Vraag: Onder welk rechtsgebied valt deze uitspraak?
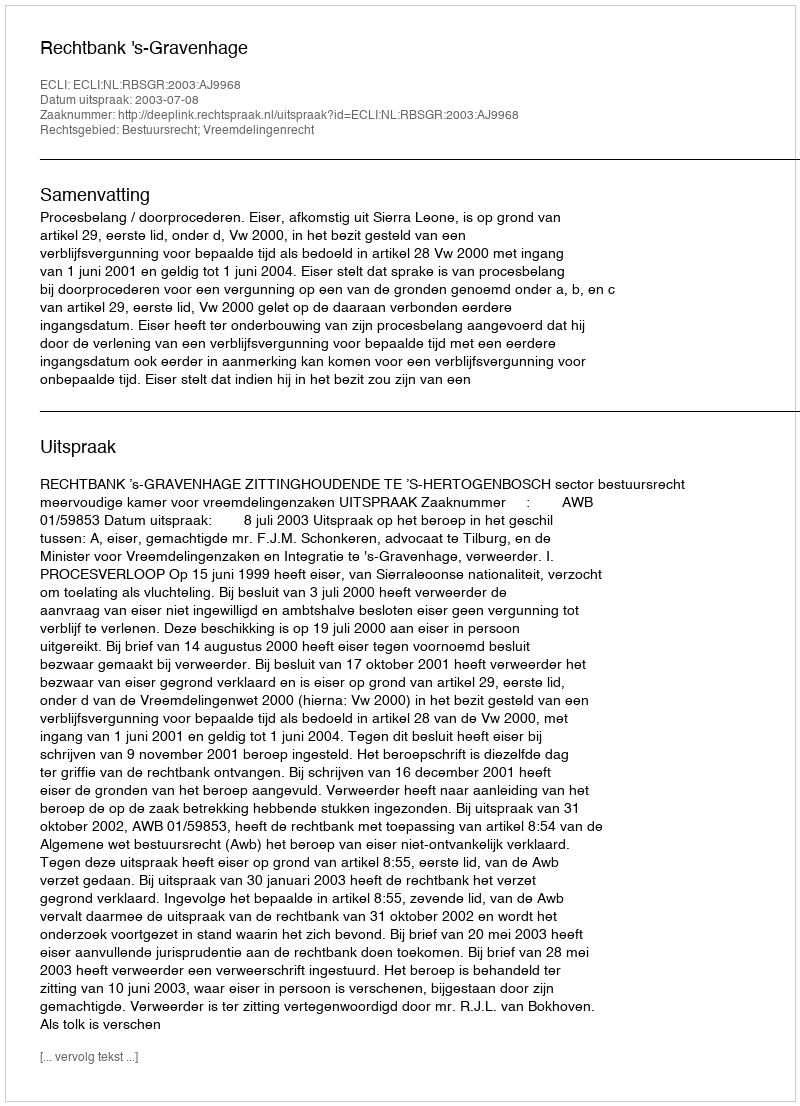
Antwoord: Bestuursrecht; Vreemdelingenrecht